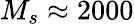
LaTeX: M_{s}\approx 2000